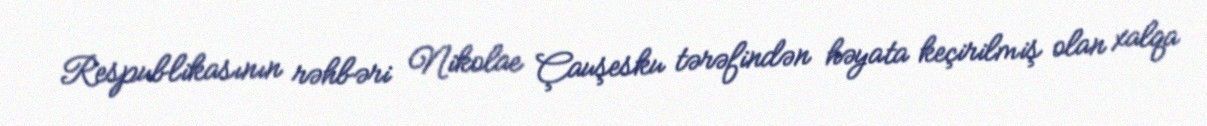
Respublikasının rəhbəri Nikolae Çauşesku tərəfindən həyata keçirilmiş olan xalqa